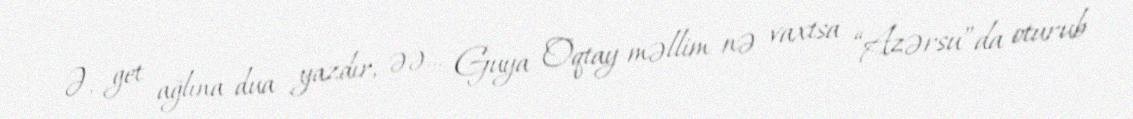
Ə, get ağlına dua yazdır, əə... Guya Oqtay məllim nə vaxtsa “Azərsu”da oturub